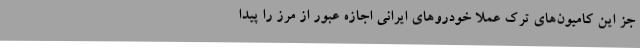
جز این کامیون‌های ترک عملا خودروهای ایرانی اجازه عبور از مرز را پیدا